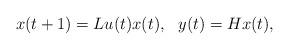
LaTeX: \begin{align*} x(t+1)=Lu(t)x(t), \ \ y(t)=Hx(t),\end{align*}